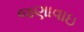
જણાવાઇ